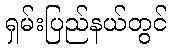
ရှမ်းပြည်နယ်တွင်